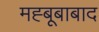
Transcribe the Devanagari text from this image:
मह्बूबाबाद